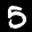
Label: 5